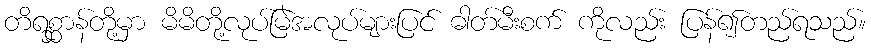
တိရစ္ဆာန်တို့မှာ မိမိတို့လုပ်မြဲအလုပ်များပြင် ဓါတ်မီးစက် ကိုလည်း ပြန်၍တည်ရသည်။